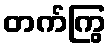
တက်ကြွ